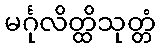
မင်္ဂုလိတ္ထိသုတ္တံ